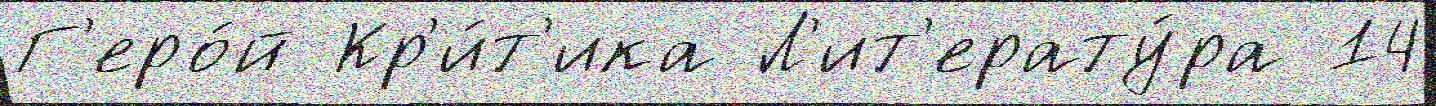
Г'еро́й Кр'и́т'ика Л'ит'ерату́ра 14